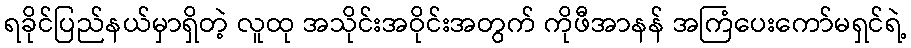
ရခိုင်ပြည်နယ်မှာရှိတဲ့ လူထု အသိုင်းအဝိုင်းအတွက် ကိုဖီအာနန် အကြံပေးကော်မရှင်ရဲ့